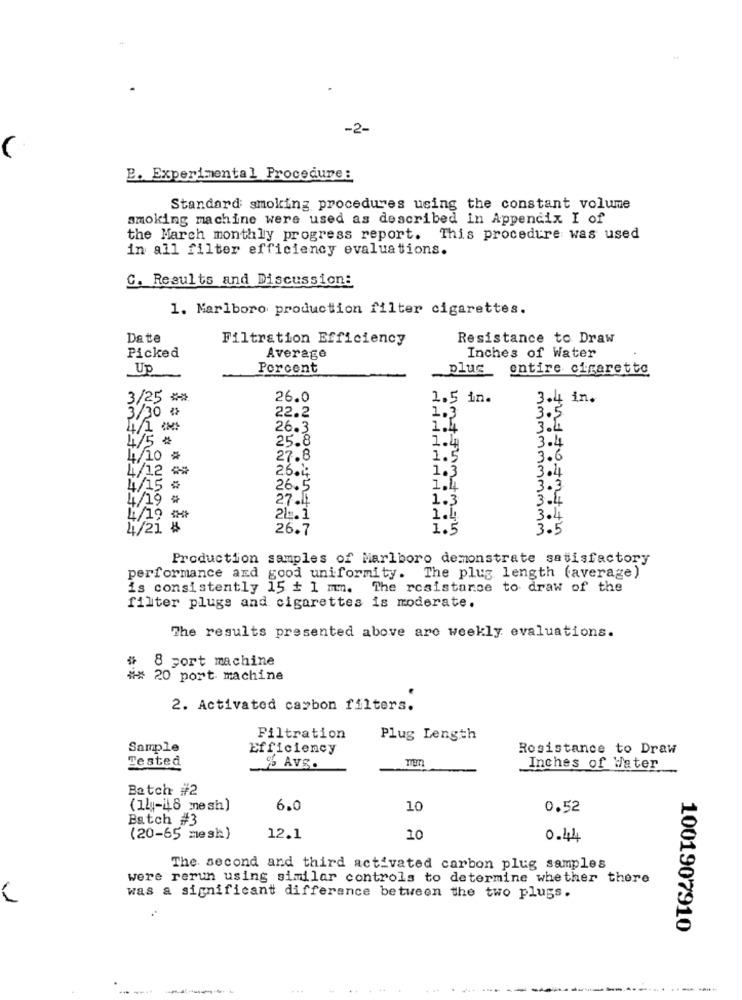
-2-
B. Experimental Procedure:
Standard smoking procedures using the constant volume
smoking machine were used as described in Appendix I of
the March monthly progress report. This procedure was used
in all filter efficiency evaluations.
G. Results and Discussion:
1. Marlboro production filter cigarettes.
Date
Filtration Efficiency
Resistance to Draw
Picked
Average
Inches of Water
Up
Porcent
plus
entire cigarette
3/25 **
26.0
1.5 in.
3.4 in.
22.2
1.3
3.5
3/30 ">
4/1 CM
26.3
1.4
3.4
4/5#
25.8
3.4
1.4
L/10 #
27.8
1.5
3.6
4/12 ##
26.2
1.3
3.4
4/15 %
26.5
3.3
1/19 #
27.4
1.3
NUOG
21.1
1.4.
3.4
4/21 8
26.7
1.5
3.5
Production samples of Marlboro demonstrate satisfactory
performance and good uniformity. The plug length (average)
is consistently 15 + 1 mm. The resistance to draw of the
filter plugs and cigarettes is moderate.
The results presented above are weekly evaluations.
8 port machine
#* 20 port machine
2. Activated carbon filters.
Filtration
Plug Length
Sample
Efficiency
Rosistance to Draw
Tested
% AVg.
Inches of Water
Batch #2
(14-18 mesh)
6.0
10
0.52
Batch #3
(20-65 mesk)
12.1
10
0.44
The second and third activated carbon plug samples
were rerun using similar controls to determine whether there
was a significant difference between the two plugs.
1001907910
...
....
---